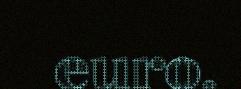
euro.